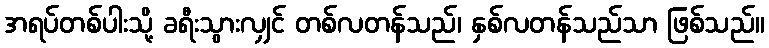
အရပ်တစ်ပါးသို့ ခရီးသွားလျှင် တစ်လတန်သည်၊ နှစ်လတန်သည်သာ ဖြစ်သည်။